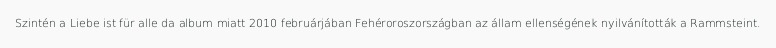
Szintén a Liebe ist für alle da album miatt 2010 februárjában Fehéroroszországban az állam ellenségének nyilvánították a Rammsteint.